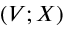
( V ; X )